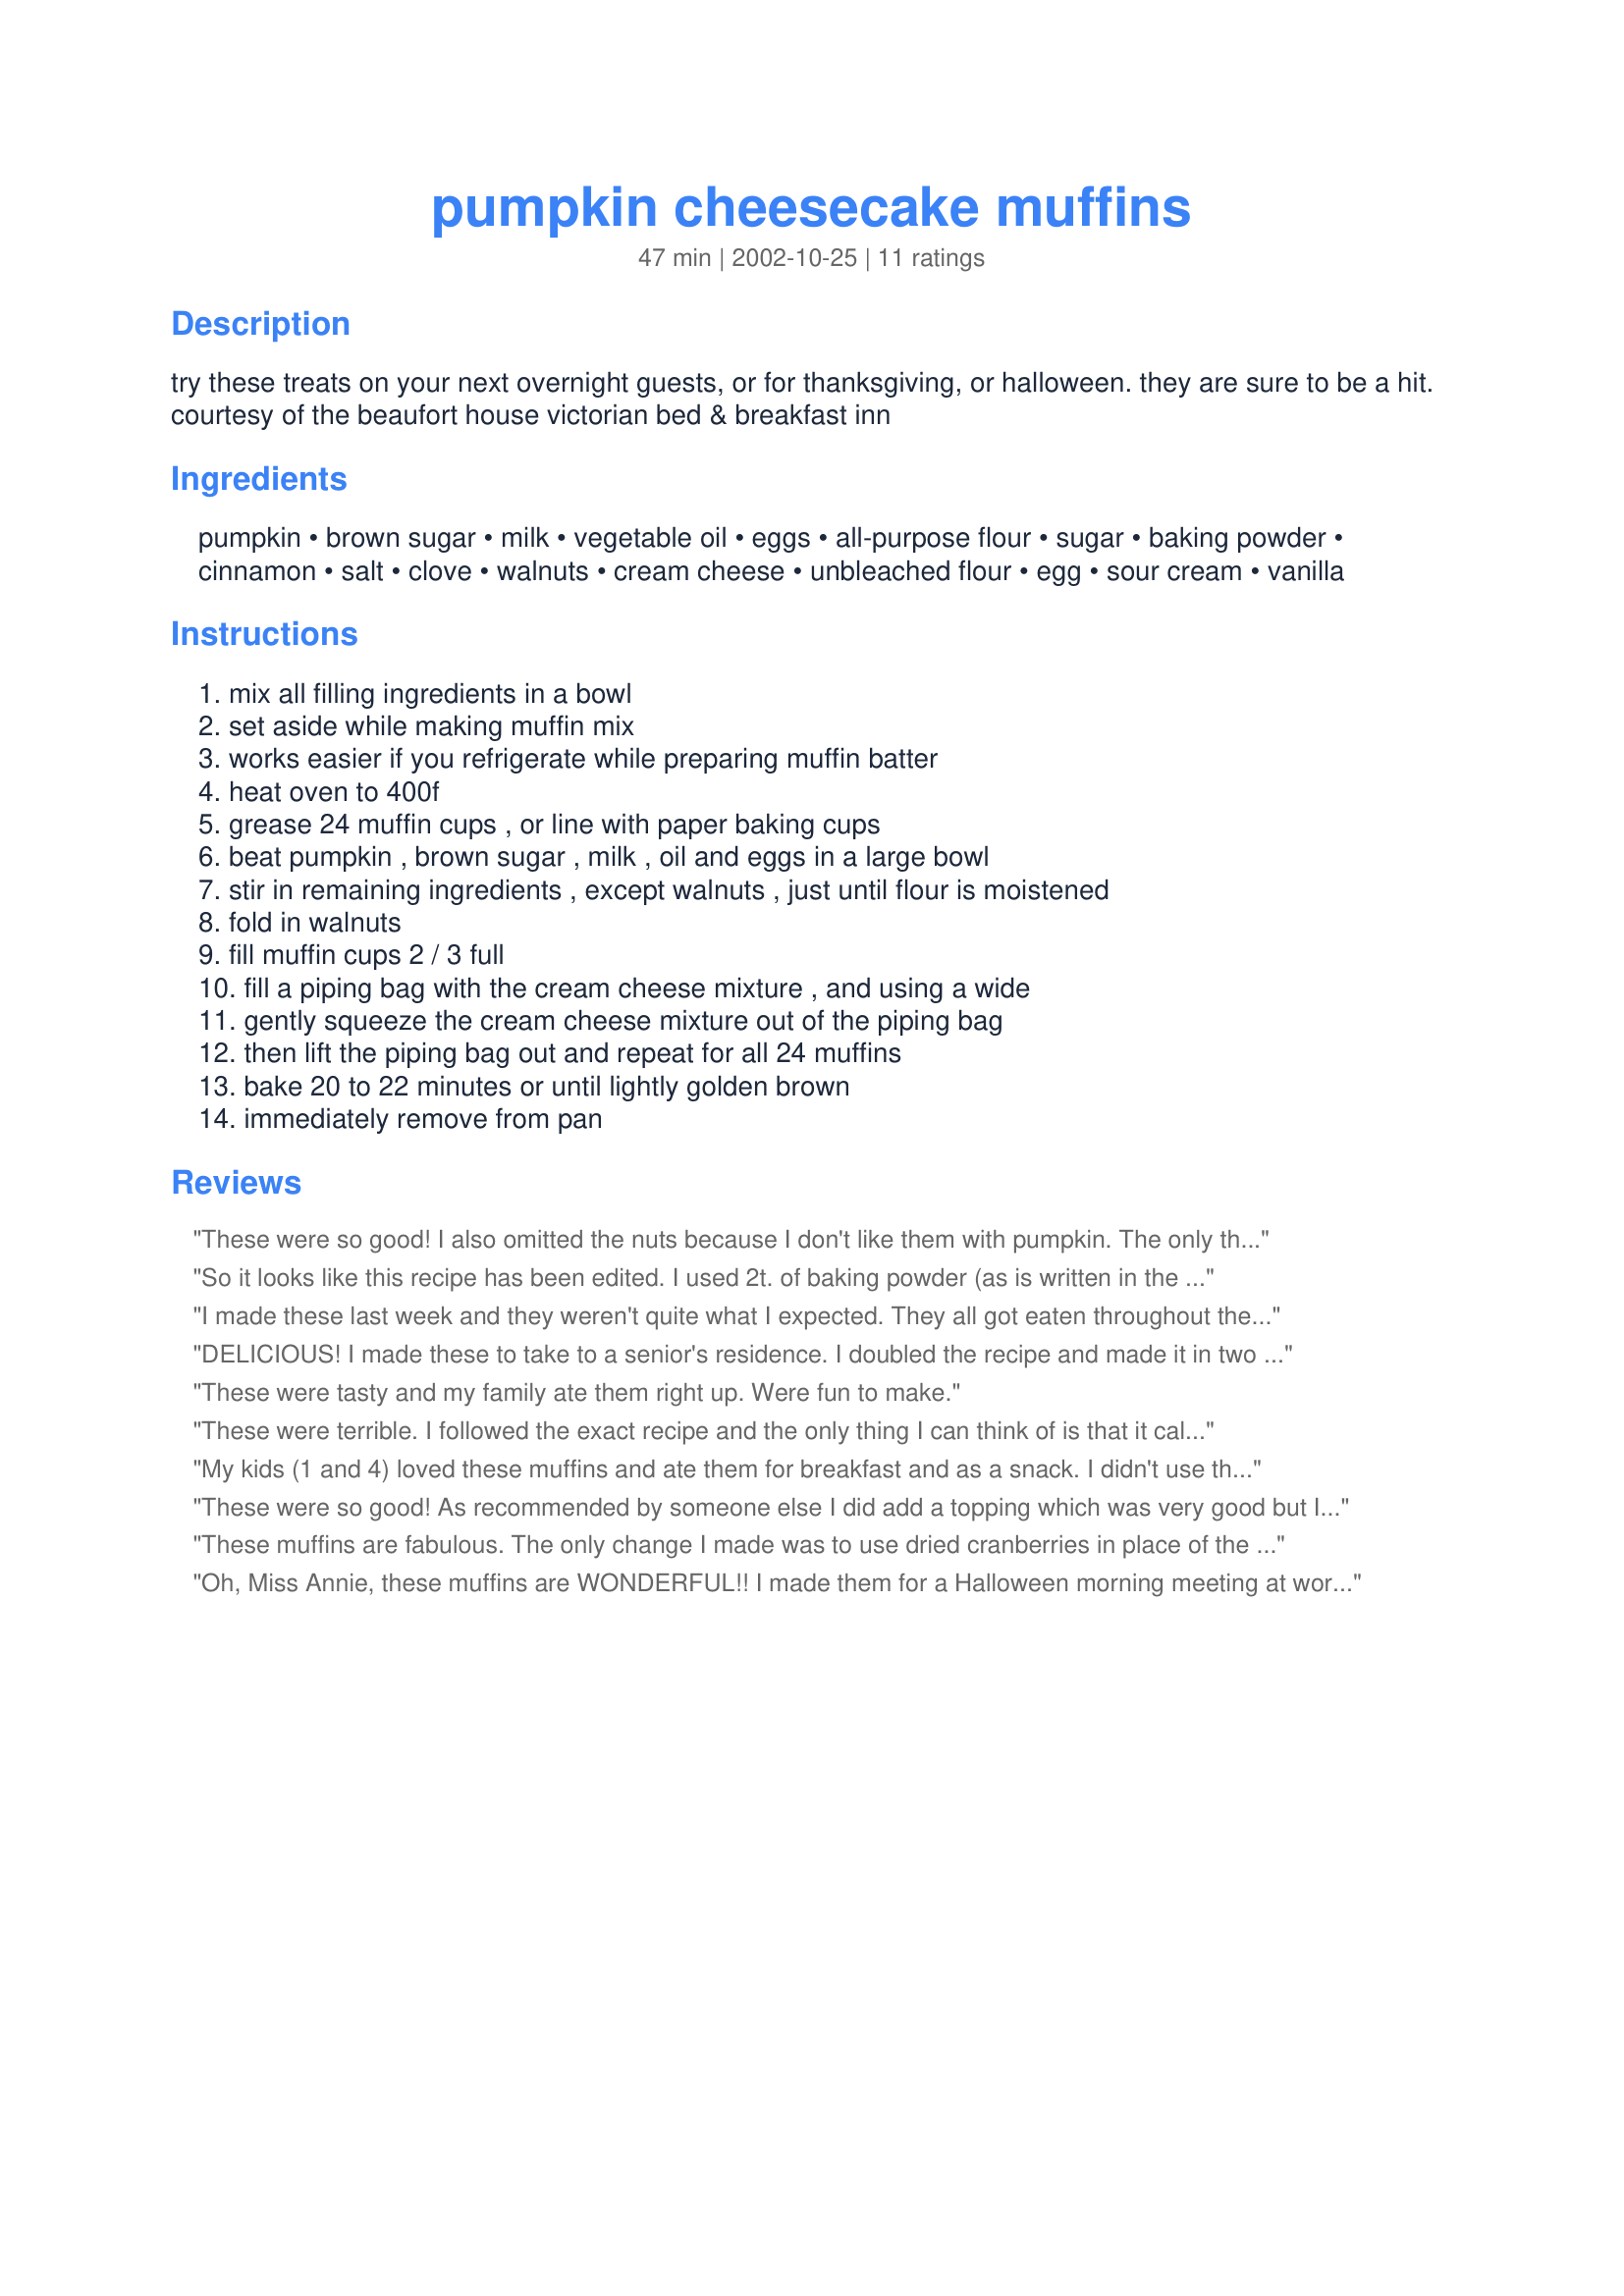
pumpkin cheesecake muffins
Preparation time: 47 minutes

try these treats on your next overnight guests, or for thanksgiving, or halloween. they are sure to be a hit. courtesy of the beaufort house victorian bed & breakfast inn

Ingredients:
pumpkin, brown sugar, milk, vegetable oil, eggs, all-purpose flour, sugar, baking powder, cinnamon, salt, clove, walnuts, cream cheese, unbleached flour, egg, sour cream, vanilla

Steps:
mix all filling ingredients in a bowl, set aside while making muffin mix, works easier if you refrigerate while preparing muffin batter, heat oven to 400f, grease 24 muffin cups , or line with paper baking cups, beat pumpkin , brown sugar , milk , oil and eggs in a large bowl, stir in remaining ingredients , except walnuts , just until flour is moistened, fold in walnuts, fill muffin cups 2 / 3 full, fill a piping bag with the cream cheese mixture , and using a wide, gently squeeze the cream cheese mixture out of the piping bag, then lift the piping bag out and repeat for all 24 muffins, bake 20 to 22 minutes or until lightly golden brown, immediately remove from pan

Reviews:
These were so good! I also omitted the nuts because I don't like them with pumpkin. The only thing different that I did was that I used a cup of whole wheat pastry flour, and I added a 1/2 tsp of pumpkin pie spice for extra flavor. I also substituted canola oil and about 1/4 cup of applesauce. I try to make recipes healthier. These are my new favorite pumpkin muffins, as I love the taste of pumpkin and cheesecake. This recipe is a keeper!
So it looks like this recipe has been edited. I used 2t. of baking powder (as is written in the recipe) and had great results. Made these sans Miss Gracie's topping, but I think I'll try that next time. I also omitted the nuts. My boys have declared these to be pumpkin Ding-Dongs and their new favorite. Thanks so much for the recipe.
I made these last week and they weren't quite what I expected. They all got eaten throughout the week, but I wasn't too crazy about them.
DELICIOUS! I made these to take to a senior's residence. I doubled the recipe and made it in two seperate bowls with the same ingredients in each. I also added in about 1/2 cup mini chocolate chips into one pumpkin batter, and increased the baking powder by 1/2 teaspoon. Everyone thoroughly enjoyed these wonderful muffins, they all went like hotcakes, not a speck left LOL! What a wonderful muffin recipe, this is a keeper for sure. Thanks so much for sharing Miss Annie!....Kitten:)
These were tasty and my family ate them right up. Were fun to make.
These were terrible. I followed the exact recipe and the only thing I can think of is that it calls for WWWWAYYY WAAAYYYY to much Baking Powder. They were bitter tasting and I had to throw ALL of them out. NOT GOOD AT ALL!
My kids (1 and 4) loved these muffins and ate them for breakfast and as a snack. I didn't use the nuts or the raisins because I was afraid the kids wouldn't eat them...think I will at least add the rasins next time! Thanks for the great recipe!
These were so good! As recommended by someone else I did add a topping which was very good but I'm not sure if they even needed it. Thanks for a great recipe!
These muffins are fabulous. The only change I made was to use dried cranberries in place of the raisins. My husband doesn't usually eat muffins and he gobbled down three as soon as they were cool enough to eat.
Oh, Miss Annie, these muffins are WONDERFUL!! I made them for a Halloween morning meeting at work, and they received rave reviews from the whole crowd. I forgot to add the nuts to the muffin mixture and did not realize my mistake until they were already in the muffin pans. (Hey, it was 5:30 a.m. and I had not yet had my morning cup of tea!) I quickly mixed up a crumb topping, added it to the top of the muffins after I had piped in the cream cheese, and baked the muffins as per the recipe. (Crumb topping: 1/2 cup chopped pecans, 1/2 cup brown sugar, 1/4 cup flour, 1 teaspoon cinnamon mixed together with 2 tablespoons melted butter.) The topping was a great addition; I think I will continue to forget the nuts mixed into the muffin batter. Oh, I also decreased the amount of baking powder in the recipe since it seemed excessive - I used about 3 teaspoons instead of 5 and the muffins were perfect. If my baking powder had been fresher, I might have cut it down to 2 teaspoons. Thanks for a great recipe. I'l make these again and again!
Yummy! Yummy! Yummy! Tried these yesterday and they're gone today!
I'll try these again with the topping Miss Gracie suggested but they are wonderful without it. Thanks for the recipe!
